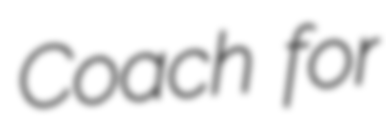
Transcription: Coach for